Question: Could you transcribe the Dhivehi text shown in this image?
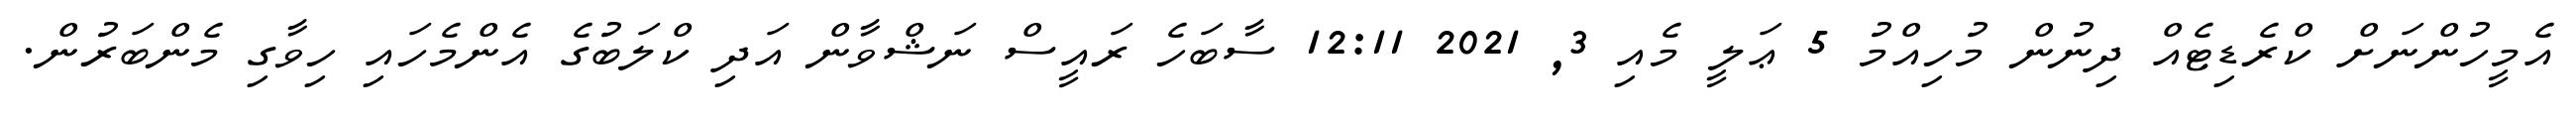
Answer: އެމީހުންނަށް ކްރެޑިޓެއް ދިނުން މުހިއްމު 5 ޢަލީ މެއި 3, 2021 12:11 ސާބަހެ ރައީސް ނަޝްވާން އަދި ކްލަބުގެ އެންމެހައި ހިވާގި މެންބަރުން.